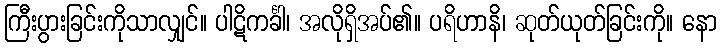
ကြီးပွားခြင်းကိုသာလျှင်။ ပါဋိကင်္ခါ၊ အလိုရှိအပ်၏။ ပရိဟာနိ၊ ဆုတ်ယုတ်ခြင်းကို။ နော